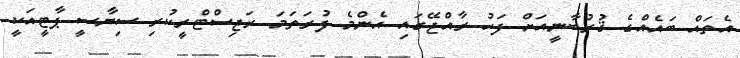
އެތައް ބައެއްގެ ޤުރުބާނީއަށް ފަހު ރާއްޖޭގައި އެންމެ ފުރަތަމަ ރަޖިސްޓްރީކުރި ސިޔާސީ ޕާޓީއަކީ